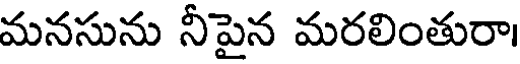
మనసును నీపైన మరలింతురా